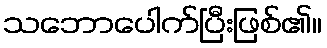
သဘောပေါက်ပြီးဖြစ်၏။